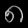
Digit: ၈